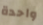
واحدة